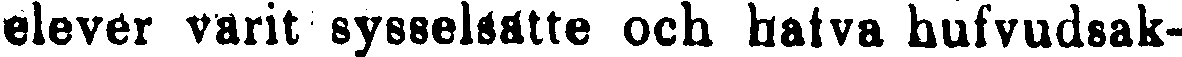
elever varit sysselsatte och hat va hufvudsak-